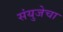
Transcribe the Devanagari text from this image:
संयुजेचा